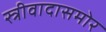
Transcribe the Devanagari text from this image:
स्त्रीवादासमोर